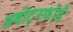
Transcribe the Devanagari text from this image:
अबोट्स्फोर्ड